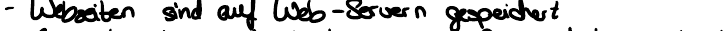
- Webseiten sind auf Web-Servern gespeichert